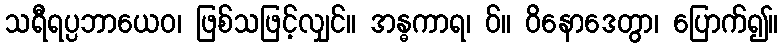
သရီရပ္ပဘာယေဝ၊ ဖြစ်သဖြင့်လျှင်။ အန္ဓကာရ၊ ဝ်။ ဝိနောဒေတွာ၊ ပြောက်၍။